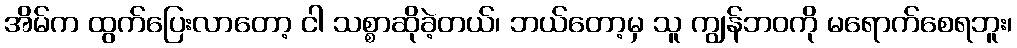
အိမ်က ထွက်ပြေးလာတော့ ငါ သစ္စာဆိုခဲ့တယ်၊ ဘယ်တော့မှ သူ ကျွန်ဘဝကို မရောက်စေရဘူး၊